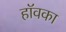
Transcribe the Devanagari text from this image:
हॉवका